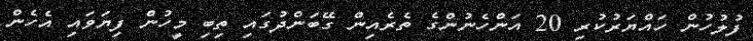
ފުލުހުން ހައްޔަރުކުރި 20 އަންހެނުންގެ ތެރެއިން ގޭބަންދުގައި ތިބި މީހުން ފިޔަވައި އެހެން